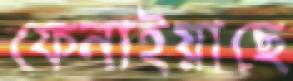
ফেনাইয়াছে